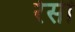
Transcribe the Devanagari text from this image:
रेसी